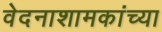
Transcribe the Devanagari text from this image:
वेदनाशामकांच्या